Vaccination in Bombay 1924-1928 - 1924-1928
Year: 1924
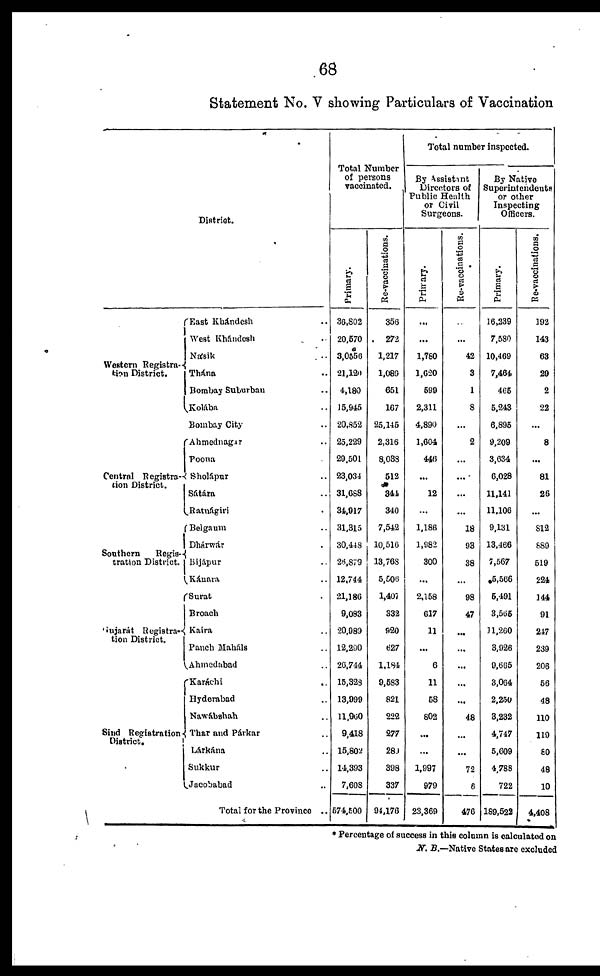
68
Statement No. V showing Particulars of Vaccination
District.
Western Registra-
tion District.
East Khándesh ..
West Khándesh ..
Násik ...
Thána ...
Bombay Suburban ..
Kolába ..
Bombay City ..
Central Registra
tion District.
Southern
Regis-
tration District.
Gujarát Registra-
tion District.
Sind Registration
District.
Ahmednagar ..
Poona ..
Sholápur ..
Sátara ..
Ratnágiri ..
Belgaum ..
Dhárwár ..
Bijápur ..
Kánara ..
Surat ..
Broach ..
Kaira ..
Panch Maháls ..
Ahmedabad ..
Karáchi ..
Hyderabad ..
Nawábshah ..
Thar and Párkar ..
Lárkána ..
Sukkur ..
Jacobabad ..
Total for the Province ..
Total Number
of persons
vaccinated.
Primary.
36,802
20,570
3,0556
21,120
4,180
15,945
20,852
25,229
29,501
23,034
31,688
34,917
31,315
30,448
26,879
12,744
21,186
9,083
20,989
12,290
26,744
15,323
13,999
11,960
9,418
15,802
14,393
7,608
574,500
Re-vaccinations.
356
272
1,217
1,089
651
167
25,145
2,316
8,038
512
344
340
7,542
10,516
13,768
5,506
1,407
332
920
627
1,184
9,583
821
222
277
280
398
337
94,176
Total number inspected.
By Assistant
Directors of
Public Health
or Civil
Surgeons.
Primary.
...
...
1,780
1,620
599
2,311
4,890
1,604
446
...
12
...
1,186
1,982
300
...
2,158
617
11
...
6
11
58
802
...
...
1,997
979
23,369
Re-vaccinations.
...
...
42
3
1
8
...
2
...
...
...
...
18
93
38
...
98
47
...
...
...
...
...
48
...
...
72
6
476
By Native
Superintendents
or other
Inspecting
Officers.
Primary.
16,239
7,580
10,469
7,464
465
5,243
6,895
9,209
3,634
6,028
11,141
11,106
9,131
13,466
7,567
5,566
5,491
3,565
11,260
3,926
9,665
3,064
2,250
3,232
4,747
5,609
4,788
722
189,522
Re-vaccinations.
192
143
63
29
2
22
...
8
...
81
26
...
812
889
519
224
144
91
247
239
206
56
48
110
119
80
48
10
4,408
* Percentage of success in this column is calculated on
N. B.—Native States are excluded